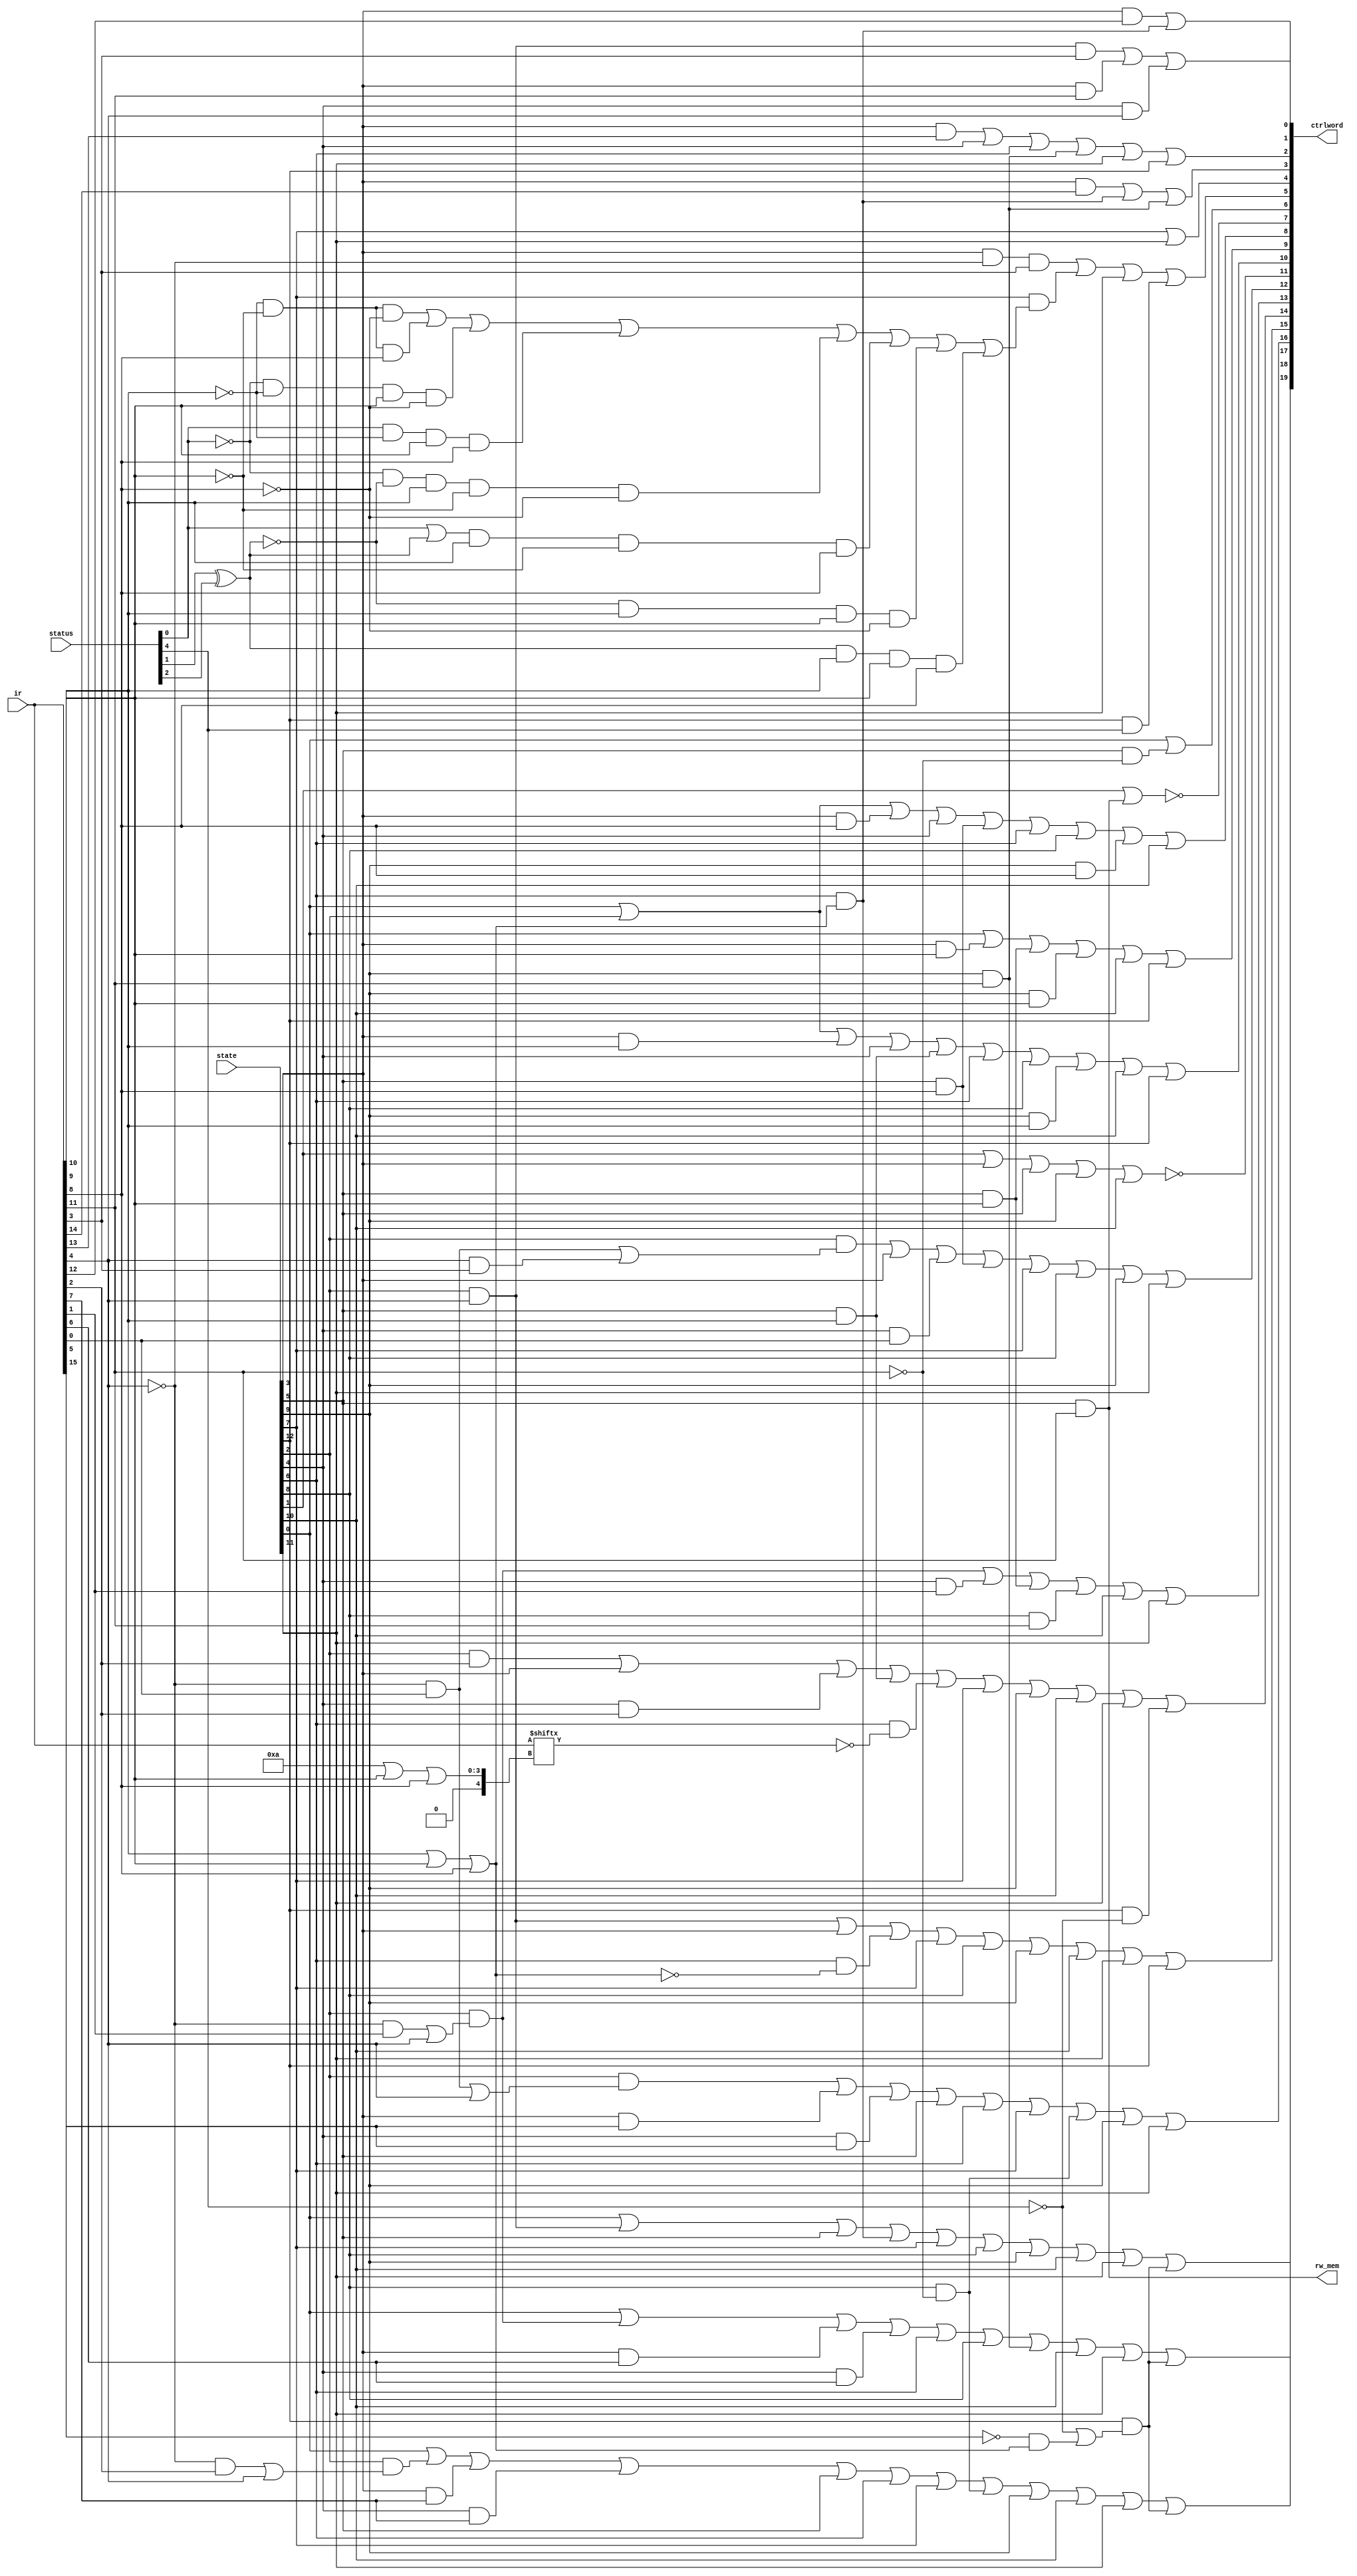
module OutputLogic(
  state,  //current state
  status, //signals from processor status register
  ir, //the value of the instruction register
  ctrlword,  //a 18-bit control word to manage the datapath
  rw_mem //signal asserted when the main memory is asserted
);

  input  wire[12:0] state;
  input  wire[4:0]  status;
  input  wire[15:0] ir; //instruction
  output wire[19:0] ctrlword;
  output wire       rw_mem;

  //Address A[3]
  assign ctrlword[19] = state[0]  | 
                        state[2]  & ir[4] |
                        state[5]  |
                        state[6]  & (ir[10] | ir[9] |ir[8]) |
                        state[7]  |
                        state[8]  |
                        state[9]  |
                        state[10] |
                        state[11] |
                        state[12] & (~status[4] | ~ir[15]&(ir[10] | ir[9] | ir[8]));
  //Address A[2]
  assign ctrlword[18] = state[0]  |
                        state[2]  & (~ir[4] & ir[2] | ir[4])|
                        state[3]  & ir[7] |
                        state[4]  & ir[7] |
                        state[5]  |
                        state[6]  |
                        state[7]  |
                        state[8] & ~ir[11] |
                        state[9]  |
                        state[10] |
                        state[11] |
                        state[12] & (~status[4] | ~ir[15]&(ir[10] | ir[9] | ir[8]));

  //Address A[1]
  assign ctrlword[17] = state[0] |
                        state[2] & (~ir[4] & ir[1] | ir[4]) |
                        state[3] & ir[6] |
                        state[4] & ir[6] |
                        state[6] |
                        state[8] |
                        state[9] & ir[11] |
                        state[10] |
                        state[11] |
                        state[12] & (~status[4] | ~ir[15]&(ir[10] | ir[9] | ir[8]));
  
  //Address A[0]
  assign ctrlword[16] = state[2] & (~ir[4] & ir[0] | ir[4]) |
                        state[3] & ir[5] |
                        state[4] & ir[5] |
                        state[5] |
                        state[6] |
                        state[7] |
                        state[8] & ~ir[11]|
                        state[9] |
                        state[11];
 
  //Address B[3]
  assign ctrlword[15] = state[2] & ir[4] |
                        state[3] |
                        state[6] & ~(ir[10] | ir[9] |ir[8])|
                        state[7] |
                        state[8] |
                        state[9] |
                        state[10] |
                        state[11] |
                        state[12];
  //Address B[2]
  assign ctrlword[14] = state[2] & ir[2] |
                        state[3] |
                        state[4] & ir[2] |
                        state[5] & ir[10] |
                        state[6] & ~(ir[10 | ir[9] | ir[8]]) |
                        state[7] |
                        state[9] |
                        state[10] |
                        state[11] |
                        state[12] & ~status[4];
  //Address B[1]
  assign ctrlword[13] = state[2] & (~ir[4] & ir[1] | ir[4]) |
                        state[4] & ir[1] |
                        state[5] & ir[9] |
                        state[8] & ir[11] |
                        state[10] |
                        state[11];
  //Address B[0]
  assign ctrlword[12] = state[2] & (~ir[4] & ir[0] | ir[4] & ir[3]) |
                        state[3] |
                        state[4] & ir[0] |
                        state[5] & ir[8] |
                        state[7] |
                        state[8] |
                        state[9] |
                        state[11];
  //Address D[3]
  assign ctrlword[11]  = ~(state[1] |
                          state[3] | 
                          state[5] |
                          state[9] |
                          state[10]);

  //Address D[2]
  assign ctrlword[10]  = state[0] |
                        state[2] |
                        state[3] & ir[10] |
                        state[4] |
                        state[5] & ir[10] |
                        state[6] |
                        state[8] |
                        state[9] & ir[10] |
                        state[10] |
                        state[12];
  
  //Address D[1]
  assign ctrlword[9]  = state[0] |
                        state[3] & ir[9] |
                        state[5] & ir[9] |
                        state[9] & ir[9] |
                        state[10] |
                        state[12];
  
  //Address D[0]
  assign ctrlword[8]  = state[0] |
                        state[2] |
                        state[3] & ir[8] |
                        state[4] |
                        state[5] & ir[8] |
                        state[6] |
                        state[8] |
                        state[9] & ir[8] |
                        state[10];
  //rw file register
  assign ctrlword[7]  = ~(state[1] | 
                          state[5] & ir[11]);
  //Data selection
  assign ctrlword[6]  = state[0] |
                        state[5] & ~ir[11];

  //Write PSR
  //TODO Revisar la ecuacin
  assign ctrlword[5]  =     (state[3] & ~ir[4]  &  ir[3]) |
                             state[7] & ((~ir[10] & ~ir[9] & ~ir[8]) | //jump
                                         (~ir[10] & ~ir[9] &  ir[8]) | //ba
                            (~status[0] & ~ir[10] &  ir[9] & ~ir[8]) | //bne
                             (status[0] & ~ir[10] &  ir[9] &  ir[8]) | //be
 (~status[0] & ~(status[1] ^ status[2]) &  ir[10] & ~ir[9] & ~ir[8] )| //bg
((status[0] |  (status[1] ^ status[2])) &  ir[10] & ~ir[9] &  ir[8]) | //ble
              (~(status[1] ^ status[2]) &  ir[10] &  ir[9] & ~ir[8]) | //bge
               ((status[1] ^ status[2]) &  ir[10] &  ir[9] &  ir[8]) ) |//bl
                             state[11] |
                             state[12] & status[4];
  //set displacement             
  assign ctrlword[4] = state[7] | state[11];

  
  //operational code[3]
  assign ctrlword[3]  = state[3] & ir[14] |
                        state[6] & (ir[10] | ir[9] |ir[8]) |
                        state[9] & ir[11];
  
  //operational code[2]
  assign ctrlword[2]  = state[3] & ir[13] |
                        state[4] |
                        state[6] |
                        state[9] & ir[11] |
                        state[11] |
                        state[12];

  //operational code[1]
  assign ctrlword[1]  = state[3] & ir[12] |
                        state[6] & (ir[10] | ir[9] | ir[8]);

  //operational code[0]
  assign ctrlword[0]  = state[2] & ir[4] & ir[3] |
                        state[3] & ir[11] |
                        state[4] & ir[4];

  assign rw_mem = state[5] & ir[11];

endmodule // OutputLogic